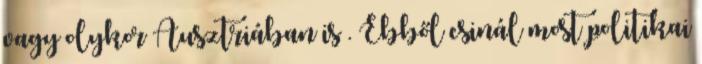
vagy olykor Ausztriában is . Ebből csinál most politikai